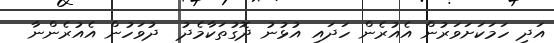
އަދި ހަމަކަށަވަރުން އެއުރެން ހަދައި އުޅުނު ދޮގުތަކާމެދު  ދުވަހުން އެއުރެންނާ